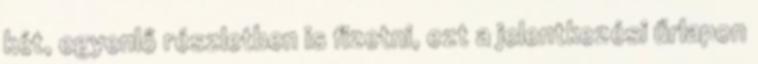
két, egyenlő részletben is fizetni, ezt a jelentkezési űrlapon